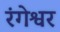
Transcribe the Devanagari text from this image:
रंगेश्वर